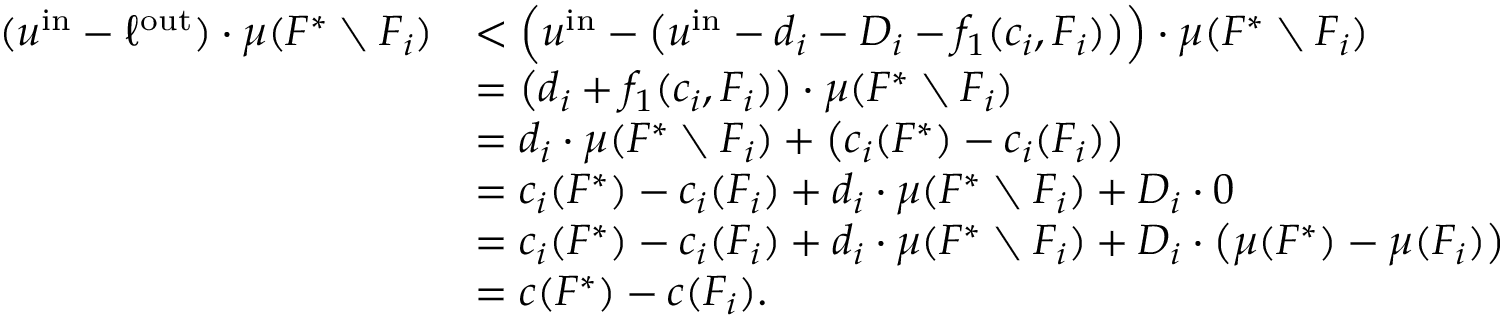
\begin{array} { r l } { ( u ^ { \mathrm { i n } } - \ell ^ { \mathrm { o u t } } ) \cdot \mu ( F ^ { * } \setminus F _ { i } ) } & { < \Big ( u ^ { \mathrm { i n } } - \big ( u ^ { \mathrm { i n } } - d _ { i } - D _ { i } - f _ { 1 } ( c _ { i } , F _ { i } ) \big ) \Big ) \cdot \mu ( F ^ { * } \setminus F _ { i } ) } \\ { } & { = \big ( d _ { i } + f _ { 1 } ( c _ { i } , F _ { i } ) \big ) \cdot \mu ( F ^ { * } \setminus F _ { i } ) } \\ { } & { = d _ { i } \cdot \mu ( F ^ { * } \setminus F _ { i } ) + \big ( c _ { i } ( F ^ { * } ) - c _ { i } ( F _ { i } ) \big ) } \\ { } & { = c _ { i } ( F ^ { * } ) - c _ { i } ( F _ { i } ) + d _ { i } \cdot \mu ( F ^ { * } \setminus F _ { i } ) + D _ { i } \cdot 0 } \\ { } & { = c _ { i } ( F ^ { * } ) - c _ { i } ( F _ { i } ) + d _ { i } \cdot \mu ( F ^ { * } \setminus F _ { i } ) + D _ { i } \cdot \big ( \mu ( F ^ { * } ) - \mu ( F _ { i } ) \big ) } \\ { } & { = c ( F ^ { * } ) - c ( F _ { i } ) . } \end{array}